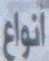
انواع